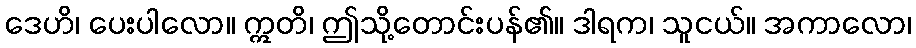
ဒေဟိ၊ ပေးပါလော။ ဣတိ၊ ဤသို့တောင်းပန်၏။ ဒါရက၊ သူငယ်။ အကာလော၊